Indian journal of veterinary science and animal husbandry - Volumes 24-25, 1954-1955
Year: 1954
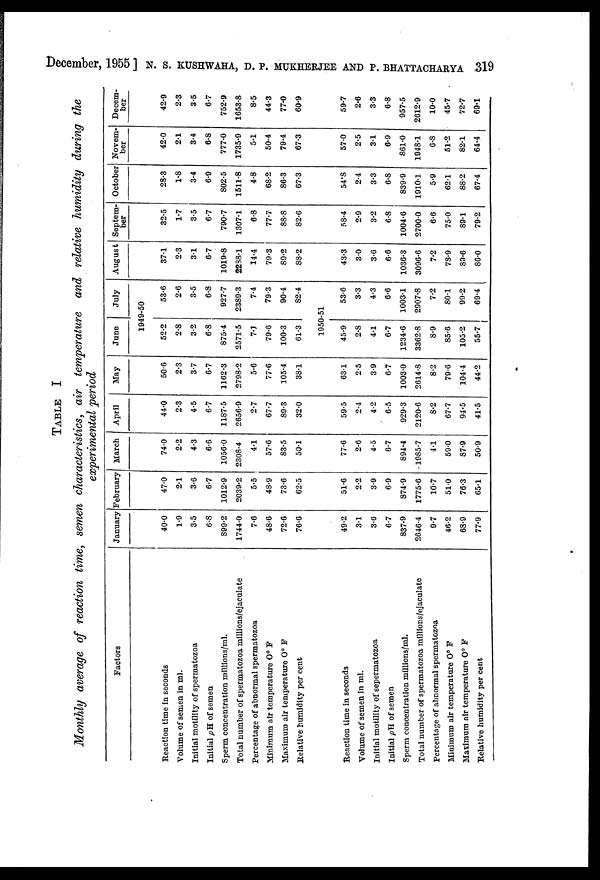
December, 1955 ] N. S. KUSHWAHA, D. P. MUKHERJEE AND P. BHATTACHARYA 319
TABLE I
Monthly average of reaction time, semen characteristics, air temperature and relative humidity during the
experimental period
Factors
Reaction time in seconds
Volume of semen in ml.
Initial motility of spermatozoa
Initial pH of semen
Sperm concentration millions/ml.
Total number of spermatozoa millions/ejaculate
Percentage of abnormal spermatozoa
Minimum air temperature Oº F
Maximum air temperature Oº F
Relative humidity per cent
Reaction time in seconds
Volume of semen in ml.
Initial motility of sepermatozoa
Initial pH of semen
Sperm concentration millions/ml.
Total number of spermatozoa millions/ejaculate
Percentage of abnormal spermatozoa
Minimum air temperature Oº F
Maximum air temperature Oº F
Relative humidity per cent
January
40.0
1.9
3.5
6.8
899.2
1744.0
7.6
48.6
72.6
76.6
49.2
3.1
3.6
6.7
837.9
2646.4
9.7
46.2
68.9
77.9
February
47.0
2.1
3.6
6.7
1012.9
2039.2
5.5
48.9
73.6
62.5
51.6
2.2
3.9
6.9
874.9
1775.6
10.7
51.0
76.3
65.1
March
74.0
2.2
4.3
6.6
1056.0
2308.4
4.1
57.6
83.5
50.1
77.6
2.6
4.5
6.7
894.4
1985.7
4.1
59.0
87.9
50.9
April
44.0
2.3
4.5
6.7
1187.5
2656.9
2.7
67.7
89.3
32.0
59.5
2.4
4.2
6.5
929.3
2120.6
8.2
67.7
94.5
41.5
May
50.6
2.3
3.7
6.7
1162.3
2798.2
5.6
77.6
105.4
38.1
63.1
2.5
3.9
6.7
1003.0
2614.8
8.2
79.6
104.4
44.2
June
July
1949-50
52.2
2.6
3.2
6.8
875.4
2571.5
7.1
79.6
100.3
61.3
53.6
2.6
3.5
6.8
927.7
2389.3
7.4
79.3
90.4
82.4
1950-51
45.9
2.8
4.1
6.7
1234.6
3362.8
8.9
85.6
105.2
55.7
53.6
3.3
4.3
6.6
1003.1
2907.8
7.2
80.1
99.2
69.4
August
37.1
2.3
3.1
6.7
1019.8
2238.1
14.4
79.3
89.2
88.2
43.3
3.0
3.6
6.6
1036.3
3096.6
7.2
78.9
89.6
86.0
Septem-
ber
32.5
1.7
3.5
6.7
790.7
1307.1
6.8
77.7
88.8
82.6
58.4
2.9
3.2
6.8
1004.6
2700.0
6.6
75.0
89.1
79.2
October
28.3
1.8
3.4
6.9
802.5
1511.8
4.8
68.2
86.3
67.3
54.8
2.4
3.3
6.8
839.9
1910.1
5.9
62.1
88.2
67.4
Novem-
ber
42.0
2.1
3.4
6.8
777.0
1735.9
5.1
50.4
79.4
67.3
57.0
2.5
3.1
6.9
861.0
1948.1
6.8
51.2
82.1
64.4
Decem-
ber
42.9
2.3
3.5
6.7
752.9
1653.8
8.5
44.3
77.0
60.9
59.7
2.6
3.3
6.8
957.5
2612.9
10.0
45.7
72.7
69.1